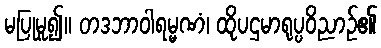
မပြုမူ၍။ တဒဘာဝါရမ္မဏံ၊ ထိုပဌမာရုပ္ပဝိညာဉ်၏